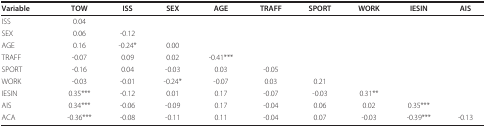
<table><thead><tr><td><b>Variable</b></td><td><b>TOW</b></td><td><b>ISS</b></td><td><b>SEX</b></td><td><b>AGE</b></td><td><b>TRAFF</b></td><td><b>SPORT</b></td><td><b>WORK</b></td><td><b>IESIN</b></td><td><b>AIS</b></td></tr></thead><tbody><tr><td>ISS</td><td>0.04</td><td></td><td></td><td></td><td></td><td></td><td></td><td></td><td></td></tr><tr><td>SEX</td><td>0.06</td><td>-0.12</td><td></td><td></td><td></td><td></td><td></td><td></td><td></td></tr><tr><td>AGE</td><td>0.16</td><td>-0.24*</td><td>0.00</td><td></td><td></td><td></td><td></td><td></td><td></td></tr><tr><td>TRAFF</td><td>-0.07</td><td>0.09</td><td>0.02</td><td>-0.41***</td><td></td><td></td><td></td><td></td><td></td></tr><tr><td>SPORT</td><td>-0.16</td><td>0.04</td><td>-0.03</td><td>0.03</td><td>-0.05</td><td></td><td></td><td></td><td></td></tr><tr><td>WORK</td><td>-0.03</td><td>-0.01</td><td>-0.24*</td><td>-0.07</td><td>0.03</td><td>0.21</td><td></td><td></td><td></td></tr><tr><td>IESIN</td><td>0.35***</td><td>-0.12</td><td>0.01</td><td>0.17</td><td>-0.07</td><td>-0.03</td><td>0.31**</td><td></td><td></td></tr><tr><td>AIS</td><td>0.34***</td><td>-0.06</td><td>-0.09</td><td>0.17</td><td>-0.04</td><td>0.06</td><td>0.02</td><td>0.35***</td><td></td></tr><tr><td>ACA</td><td>-0.36***</td><td>-0.08</td><td>-0.11</td><td>0.11</td><td>-0.04</td><td>0.07</td><td>-0.03</td><td>-0.39***</td><td>-0.13</td></tr></tbody></table>